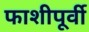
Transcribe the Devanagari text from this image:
फाशीपूर्वी